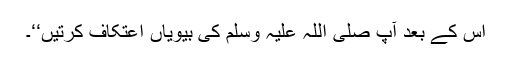
اس کے بعد آپ صلی اللہ علیہ وسلم کی بیویاں اعتکاف کرتیں‘‘۔